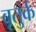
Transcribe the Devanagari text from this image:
बूतुर्क